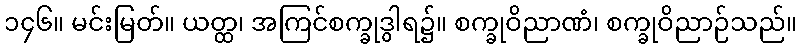
၁၄၆။ မင်းမြတ်။ ယတ္ထ၊ အကြင်စက္ခုဒွါရ၌။ စက္ခုဝိညာဏံ၊ စက္ခုဝိညာဉ်သည်။